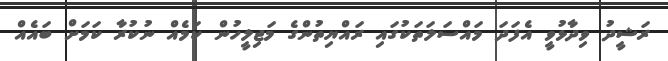
ރަޝީދު ވިދާޅުވީ އެފަދަ މައްސަލަތަކުގައި ރައްޔިތުންގެ މަޖިލީހުން ކަމެއް ނުކުރާ ކަމަށް ބައެއް